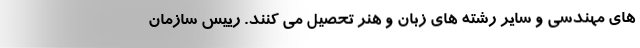
های مهندسی و سایر رشته های زبان و هنر تحصیل می کنند. رییس سازمان